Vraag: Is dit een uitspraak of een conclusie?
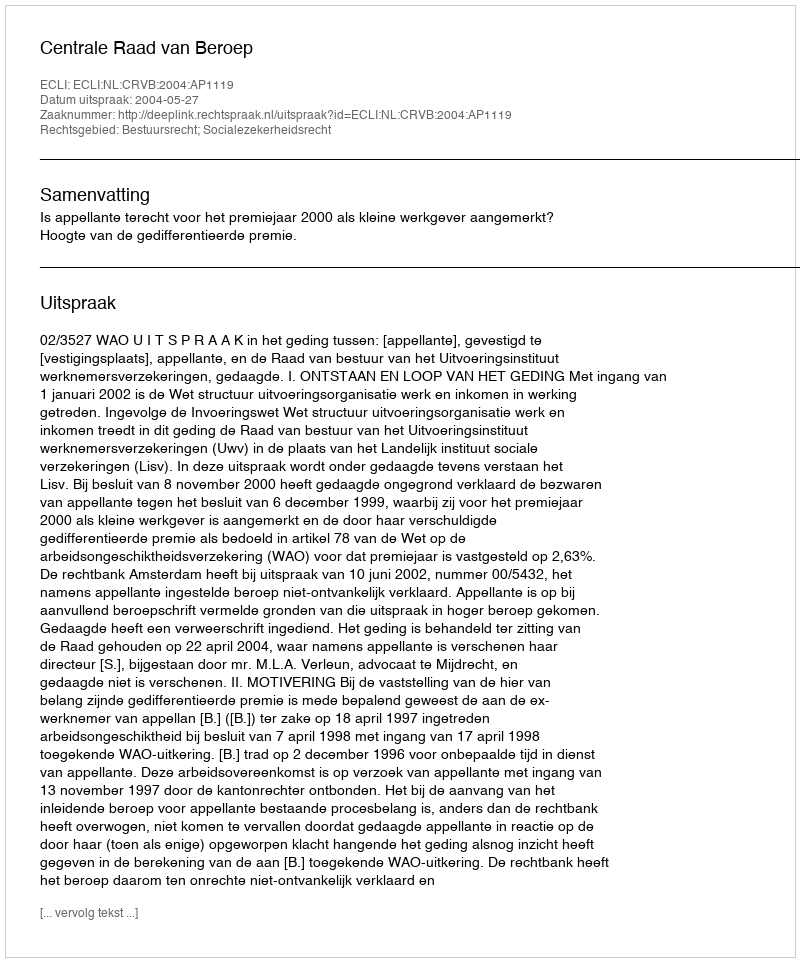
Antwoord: Uitspraak